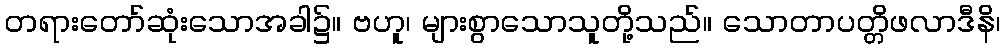
တရားတော်ဆုံးသောအခါ၌။ ဗဟူ၊ များစွာသောသူတို့သည်။ သောတာပတ္တိဖလာဒီနိ၊